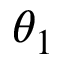
\theta _ { 1 }